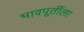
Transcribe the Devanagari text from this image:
भावपूर्तीला